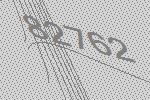
82762